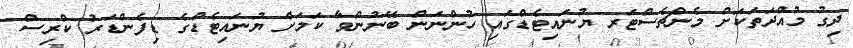
ދިގު މުއްދަތަކަށް މެންޗެސްޓަރ ޔުނައިޓެޑްގައި ހުންނަން ބޭނުންވާ ކަމަށް ޔުނައިޓެޑްގެ ޑިފެންޑަރު ކްރިސް